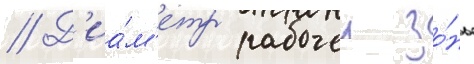
// Д'иа́м'етр рабочеи зо́ны